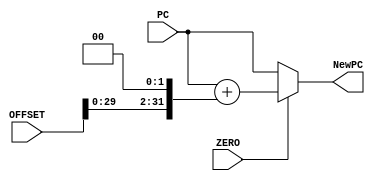

module BranchADD( NewPC, PC, OFFSET, ZERO ) ;
  input[31:0] PC ;
  input ZERO;
  //input Branch ;
  input[31:0] OFFSET ;
  output[31:0] NewPC ;
  
  
  assign NewPC = ( ( ZERO == 1 ) ? PC + ( OFFSET << 2 ) : PC )  ;

endmodule